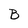
Character: B